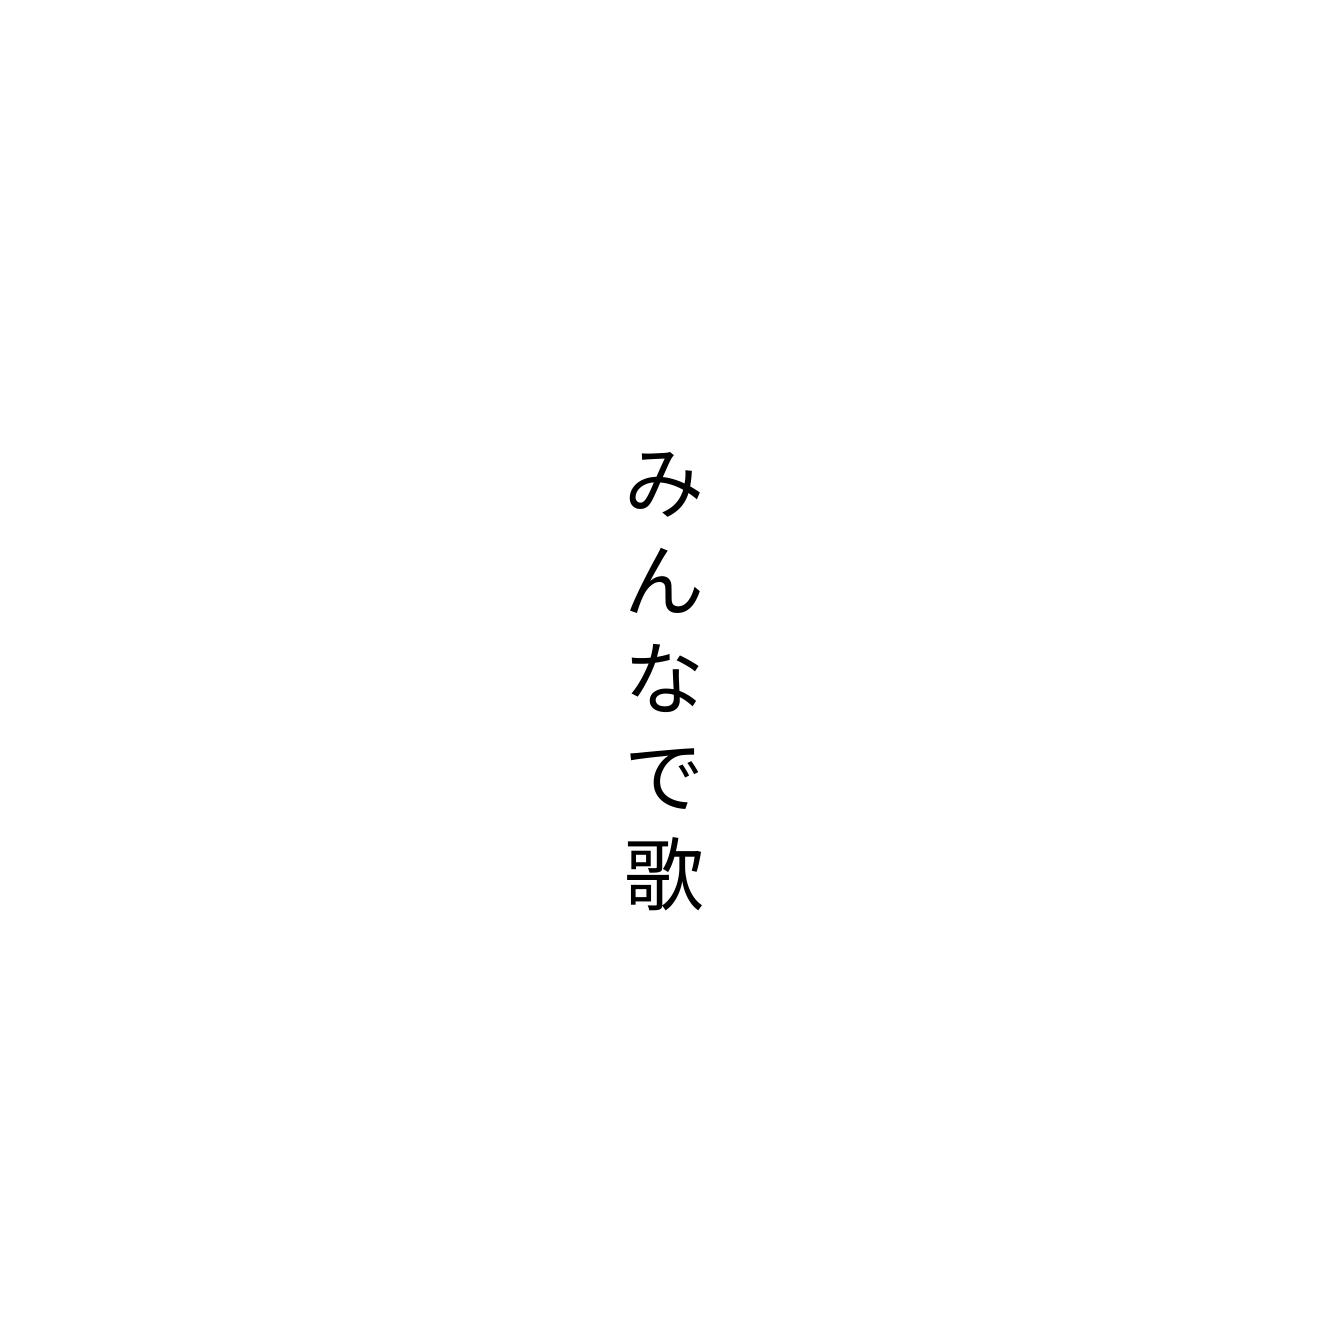
みんなで歌